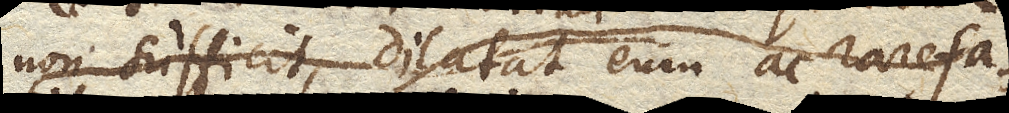
non sufficit, dilatat eum ac rarefa–